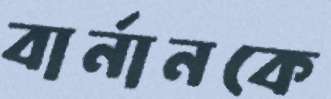
বার্নানকে